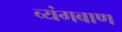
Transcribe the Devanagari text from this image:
व्यंगबाण